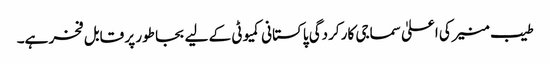
طیب منیر کی اعلیٰ سماجی کار کردگی پاکستانی کمیوٹی کے لیے بجا طور پر قابل فخر ہے۔